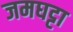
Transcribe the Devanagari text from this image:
जमघट्टा